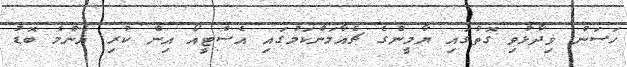
ހަސަން ވިދާޅުވި ގޮތުގައި ޔާމީންގެ ޗެއާމަންކަމުގައި އެސްޓީއޯ އިން ކުރި އެންމެ ބޮޑު